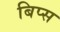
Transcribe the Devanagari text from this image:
बिप्स